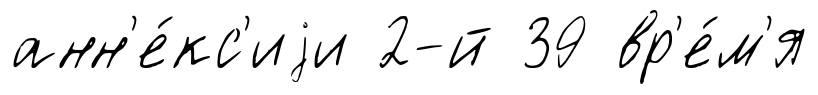
анн'е́кс'иjи 2-й 39 вр'е́м'я